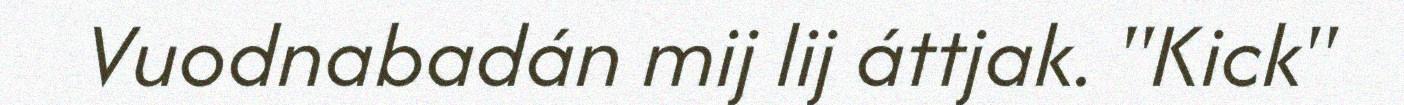
Vuodnabadán mij lij áttjak. "Kick"